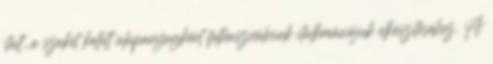
italt, a szakét kellett alapanyagként felhasználniuk italkreációjuk elkészítéséhez. A